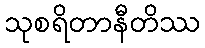
သုစရိတာနီတိဿ